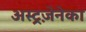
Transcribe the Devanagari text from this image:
अस्ट्रज़ेनेका